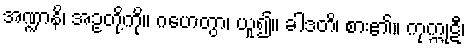
အဏ္ဍာနိ၊ အဥတို့ကို။ ဂဟေတွာ၊ ယူ၍။ ခါဒတိ၊ စား၏။ ကုက္ကုဋီ၊